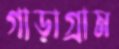
গাড়াগ্রাম